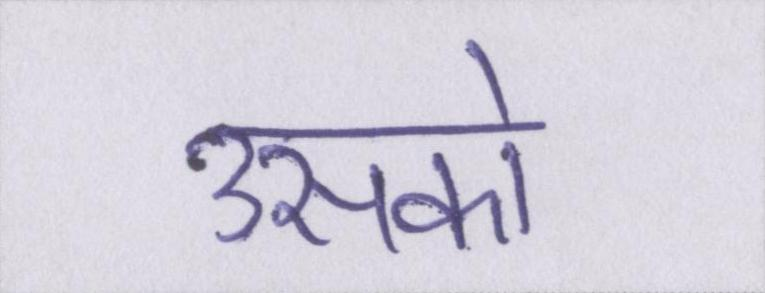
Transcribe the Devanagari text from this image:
उसको